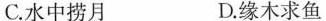
C.水中捞月 D.缘木求鱼